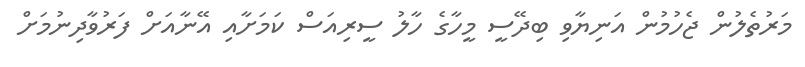
މަރުތެލުން ޖެހުމުން އަނިޔާވި ބިދޭސީ މީހާގެ ހާލު ސީރިއަސް ކަމަށާއި އޭނާއަށް ފަރުވާދިނުމަށް